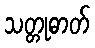
သတ္တုဓာတ်